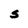
Character: S